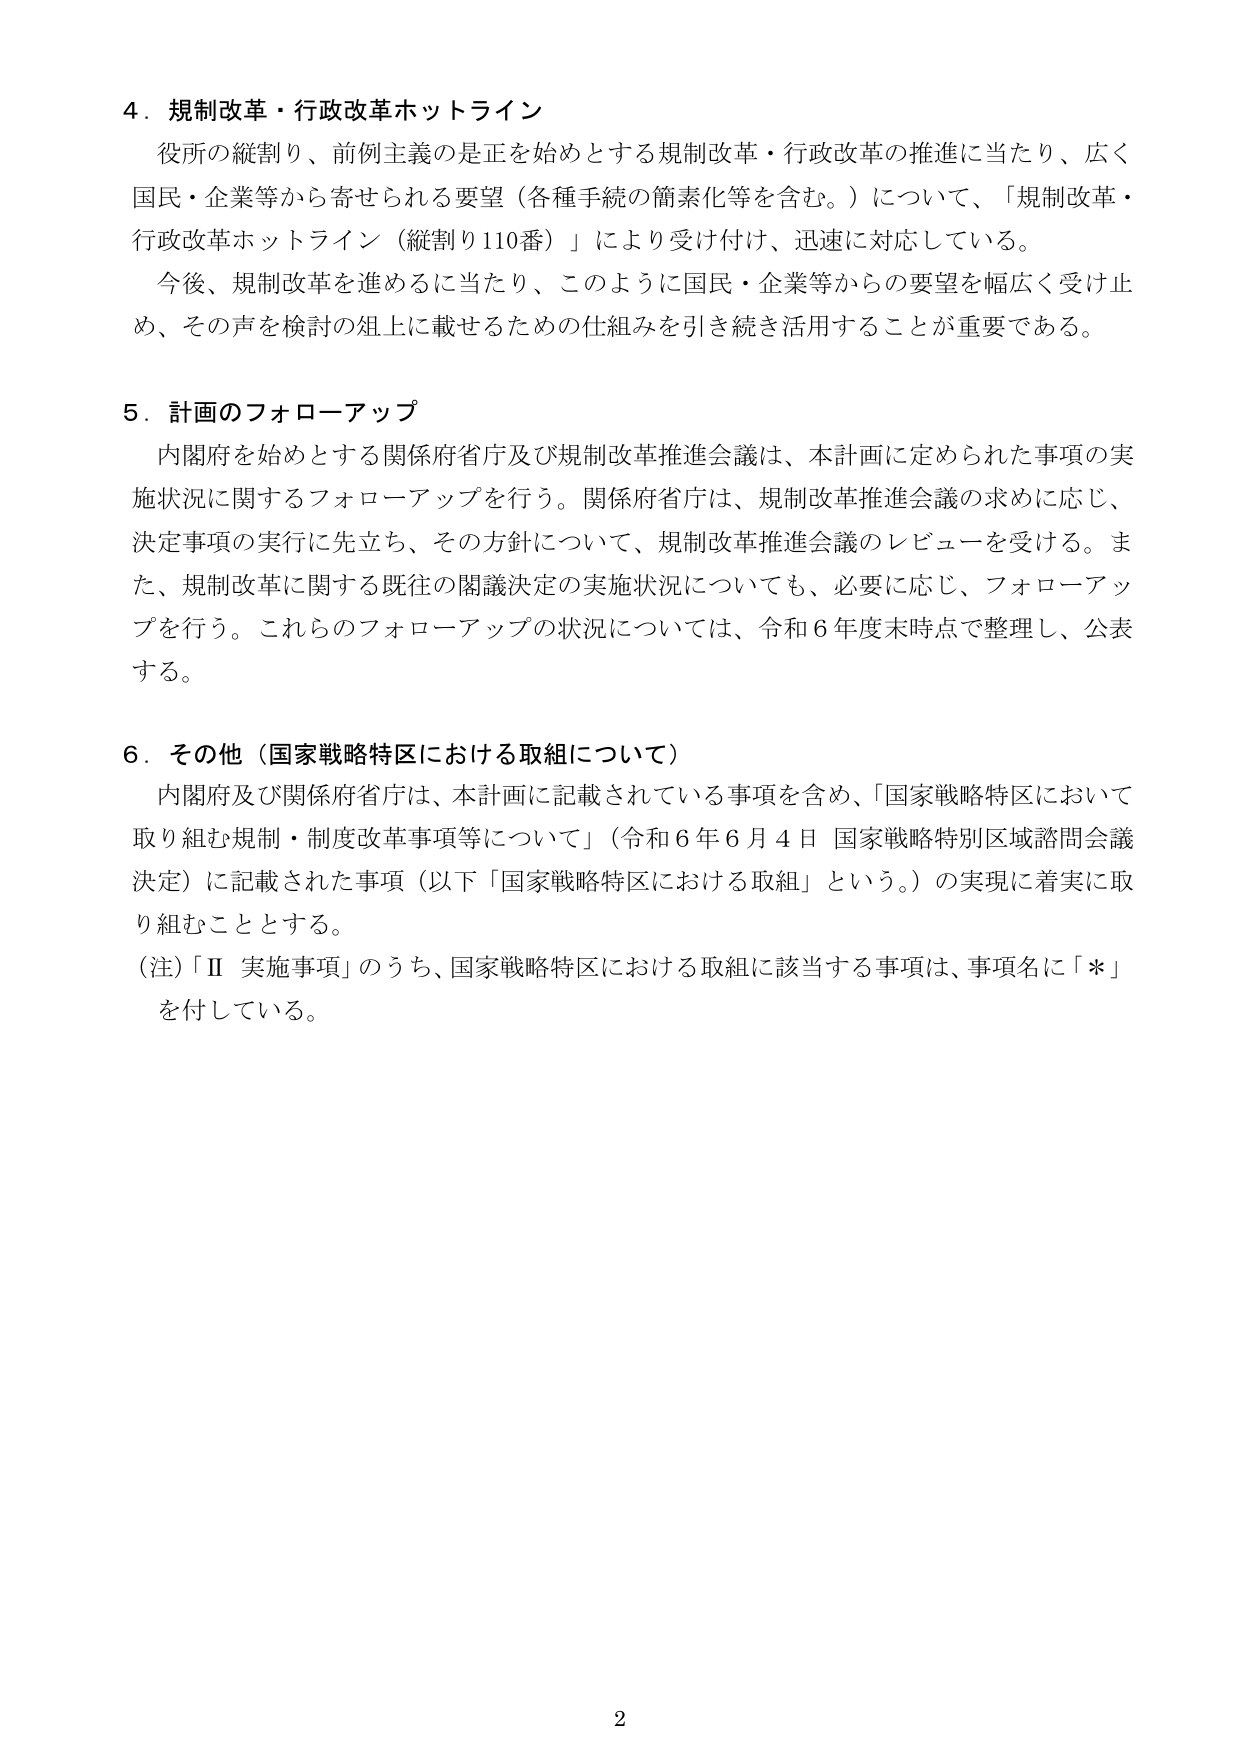
4．規制改革・行政改革ホットライン
役所の縦割り、前例主義の是正を始めとする規制改革・行政改革の推進に当たり、広く国民・企業等から寄せられる要望（各種手続の簡素化等を含む。）について、「規制改革・行政改革ホットライン（縦割り110番）」により受け付け、迅速に対応している。
今後、規制改革を進めるに当たり、このように国民・企業等からの要望を幅広く受け止め、その声を検討の俎上に載せるための仕組みを引き続き活用することが重要である。

5．計画のフォローアップ
内閣府を始めとする関係府省庁及び規制改革推進会議は、本計画に定められた事項の実施状況に関するフォローアップを行う。関係府省庁は、規制改革推進会議の求めに応じ、決定事項の実行に先立ち、その方針について、規制改革推進会議のレビューを受ける。また、規制改革に関する既往の閣議決定の実施状況についても、必要に応じ、フォローアップを行う。これらのフォローアップの状況については、令和6年度末時点で整理し、公表する。

6．その他（国家戦略特区における取組について）
内閣府及び関係府省庁は、本計画に記載されている事項を含め、「国家戦略特区において取り組む規制・制度改革事項等について」（令和6年6月4日 国家戦略特別区域諮問会議決定）に記載された事項（以下「国家戦略特区における取組」という。）の実現に着実に取り組むこととする。
（注）「Ⅱ 実施事項」のうち、国家戦略特区における取組に該当する事項は、事項名に「＊」を付している。

2